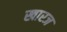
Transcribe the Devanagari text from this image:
खारज